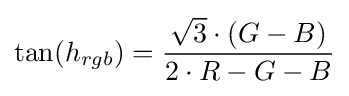
\tan(h_{rgb})={\frac {{\sqrt {3}}\cdot (G-B)}{2\cdot R-G-B}}